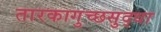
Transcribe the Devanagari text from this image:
तारकागुच्छसुद्धा